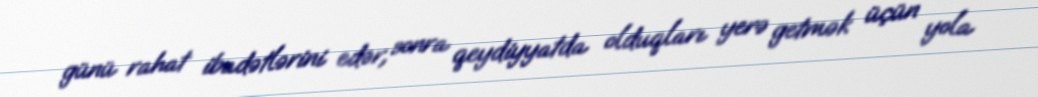
günü rahat ibadətlərini edər, sonra qeydiyyatda olduqları yerə getmək üçün yola